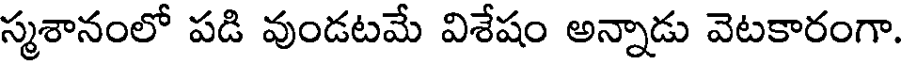
స్మశానంలో పడి వుండటమే విశేషం అన్నాడు వెటకారంగా.